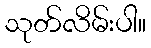
သုတ်လိမ်းပါ။